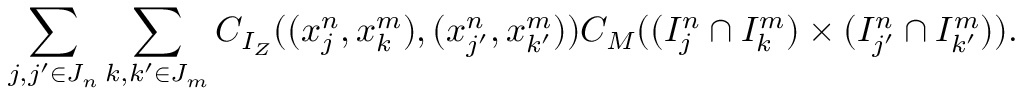
\sum _ { j , j ^ { \prime } \in J _ { n } } \sum _ { k , k ^ { \prime } \in J _ { m } } C _ { I _ { Z } } ( ( x _ { j } ^ { n } , x _ { k } ^ { m } ) , ( x _ { j ^ { \prime } } ^ { n } , x _ { k ^ { \prime } } ^ { m } ) ) C _ { M } ( ( I _ { j } ^ { n } \cap I _ { k } ^ { m } ) \times ( I _ { j ^ { \prime } } ^ { n } \cap I _ { k ^ { \prime } } ^ { m } ) ) .